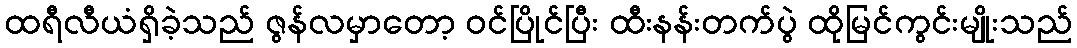
ထရီလီယံရှိခဲ့သည် ဇွန်လမှာတော့ ဝင်ပြိုင်ပြီး ထီးနန်းတက်ပွဲ ထိုမြင်ကွင်းမျိုးသည်